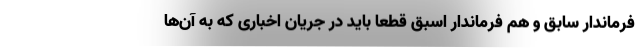
فرماندار سابق و هم فرماندار اسبق قطعا باید در جریان اخباری که به آن‌ها